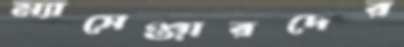
ম্যাসেঞ্জারদের